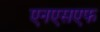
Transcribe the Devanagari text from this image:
एनएसएफ